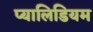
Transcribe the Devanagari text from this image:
प्यालिडियम